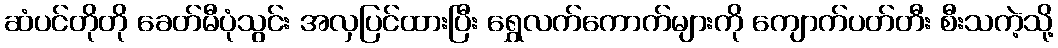
ဆံပင်တိုတို ခေတ်မီပုံသွင်း အလှပြင်ထားပြီး ရွှေလက်ကောက်များကို ကျောက်ပတ်တီး စီးသကဲ့သို့